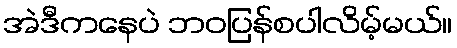
အဲဒီကနေပဲ ဘဝပြန်စပါလိမ့်မယ်။